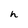
Character: h